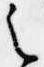
之